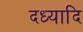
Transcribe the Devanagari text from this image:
दध्यादि